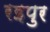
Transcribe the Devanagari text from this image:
रइपुर